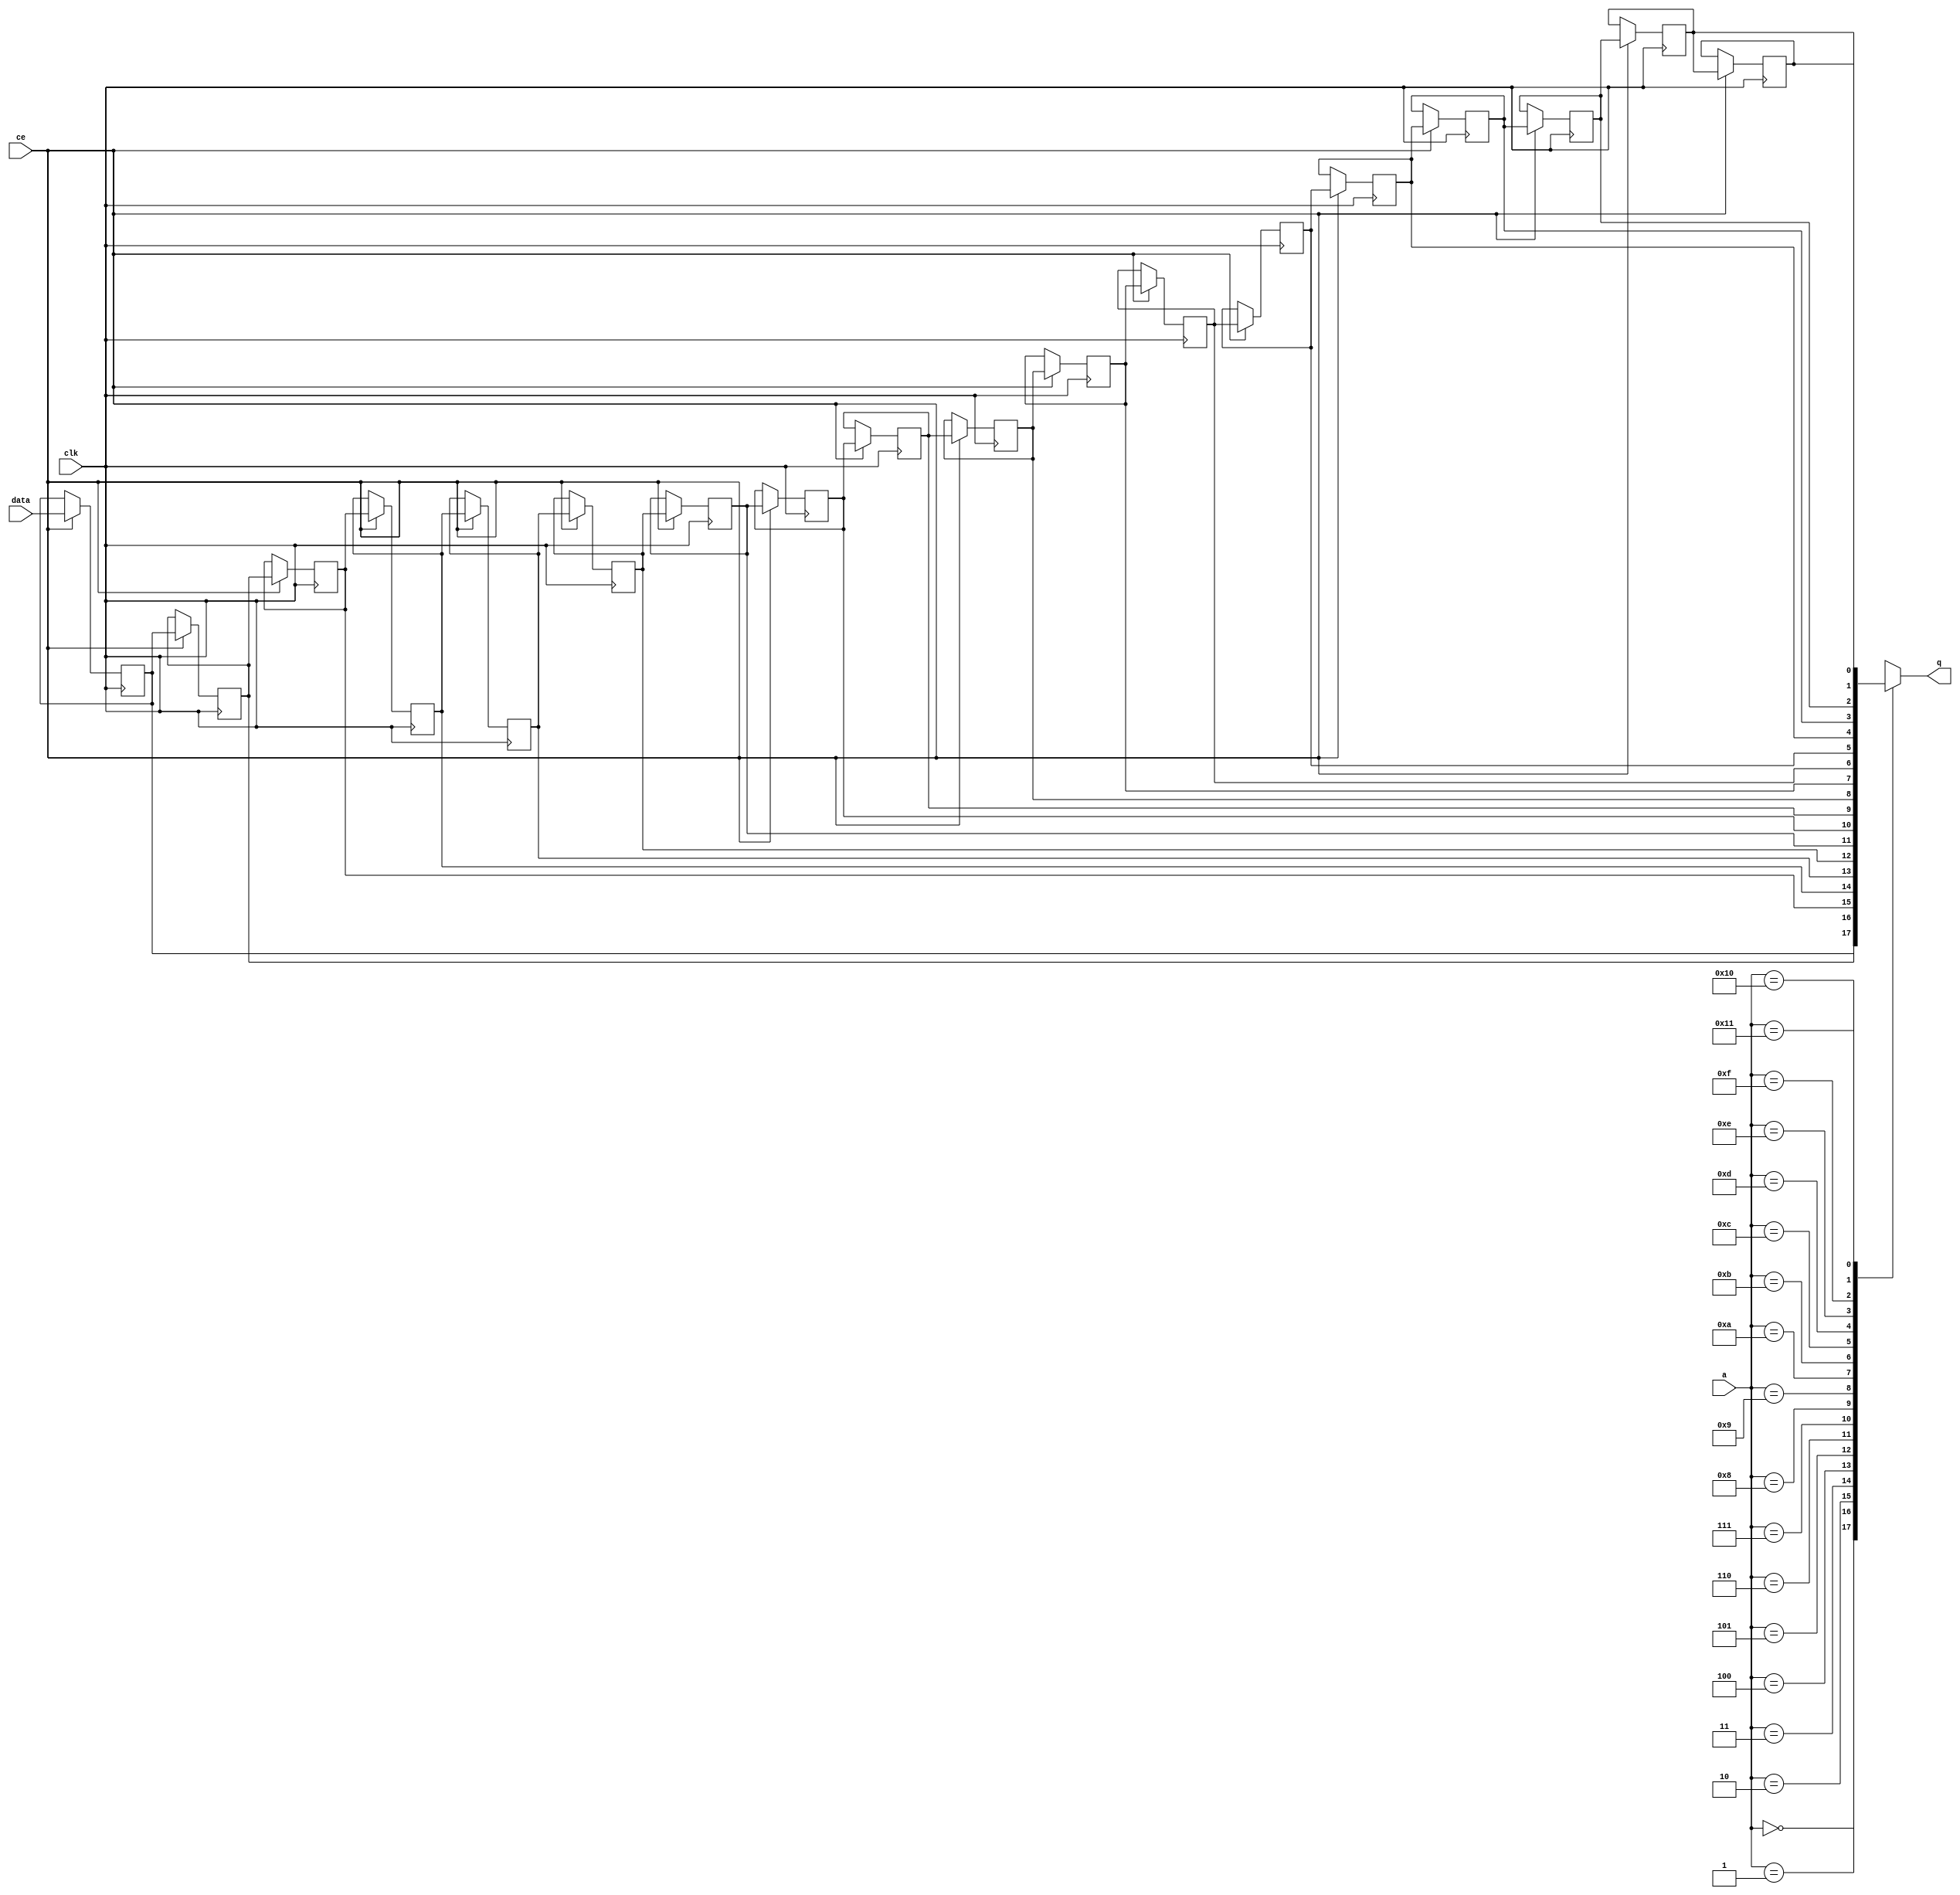
// ==============================================================
// Vitis HLS - High-Level Synthesis from C, C++ and OpenCL v2022.1 (64-bit)
// Tool Version Limit: 2022.04
// Copyright 1986-2022 Xilinx, Inc. All Rights Reserved.
// ==============================================================

`timescale 1 ns / 1 ps

module vadd_start_for_DRAM_output_stream_U0_shiftReg (
    clk,
    data,
    ce,
    a,
    q);

parameter DATA_WIDTH = 32'd1;
parameter ADDR_WIDTH = 32'd5;
parameter DEPTH = 6'd18;

input clk;
input [DATA_WIDTH-1:0] data;
input ce;
input [ADDR_WIDTH-1:0] a;
output [DATA_WIDTH-1:0] q;

reg[DATA_WIDTH-1:0] SRL_SIG [0:DEPTH-1];
integer i;

always @ (posedge clk)
    begin
        if (ce)
        begin
            for (i=0;i<DEPTH-1;i=i+1)
                SRL_SIG[i+1] <= SRL_SIG[i];
            SRL_SIG[0] <= data;
        end
    end

assign q = SRL_SIG[a];

endmodule

module vadd_start_for_DRAM_output_stream_U0 (
    clk,
    reset,
    if_empty_n,
    if_read_ce,
    if_read,
    if_dout,
    if_full_n,
    if_write_ce,
    if_write,
    if_din);

parameter MEM_STYLE   = "shiftreg";
parameter DATA_WIDTH  = 32'd1;
parameter ADDR_WIDTH  = 32'd5;
parameter DEPTH       = 6'd18;

input clk;
input reset;
output if_empty_n;
input if_read_ce;
input if_read;
output[DATA_WIDTH - 1:0] if_dout;
output if_full_n;
input if_write_ce;
input if_write;
input[DATA_WIDTH - 1:0] if_din;

wire[ADDR_WIDTH - 1:0] shiftReg_addr ;
wire[DATA_WIDTH - 1:0] shiftReg_data, shiftReg_q;
wire                     shiftReg_ce;
reg[ADDR_WIDTH:0] mOutPtr = ~{(ADDR_WIDTH+1){1'b0}};
reg internal_empty_n = 0;
reg internal_full_n = 1;

assign if_full_n = internal_full_n;
assign if_empty_n = internal_empty_n;
assign shiftReg_data = if_din;
assign if_dout = shiftReg_q;

always @ (posedge clk) begin
    if (reset == 1'b1)
    begin
        mOutPtr <= ~{ADDR_WIDTH+1{1'b0}};
        internal_empty_n <= 1'b0;
        internal_full_n <= 1'b1;
    end
    else begin
        if (((if_read & if_read_ce) == 1 & internal_empty_n == 1) && 
            ((if_write & if_write_ce) == 0 | internal_full_n == 0))
        begin
            mOutPtr <= mOutPtr - 6'd1;
            if (mOutPtr == 6'd0)
                internal_empty_n <= 1'b0;
            internal_full_n <= 1'b1;
        end 
        else if (((if_read & if_read_ce) == 0 | internal_empty_n == 0) && 
            ((if_write & if_write_ce) == 1 & internal_full_n == 1))
        begin
            mOutPtr <= mOutPtr + 6'd1;
            internal_empty_n <= 1'b1;
            if (mOutPtr == DEPTH - 6'd2)
                internal_full_n <= 1'b0;
        end 
    end
end

assign shiftReg_addr = mOutPtr[ADDR_WIDTH] == 1'b0 ? mOutPtr[ADDR_WIDTH-1:0]:{ADDR_WIDTH{1'b0}};
assign shiftReg_ce = (if_write & if_write_ce) & internal_full_n;

vadd_start_for_DRAM_output_stream_U0_shiftReg 
#(
    .DATA_WIDTH(DATA_WIDTH),
    .ADDR_WIDTH(ADDR_WIDTH),
    .DEPTH(DEPTH))
U_vadd_start_for_DRAM_output_stream_U0_ram (
    .clk(clk),
    .data(shiftReg_data),
    .ce(shiftReg_ce),
    .a(shiftReg_addr),
    .q(shiftReg_q));

endmodule